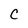
Character: C